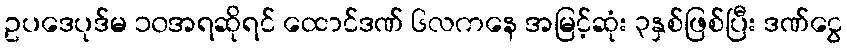
ဥပဒေပုဒ်မ ၁၀အရဆိုရင် ထောင်ဒဏ် ၆လကနေ အမြင့်ဆုံး ၃နှစ်ဖြစ်ပြီး ဒဏ်ငွေ